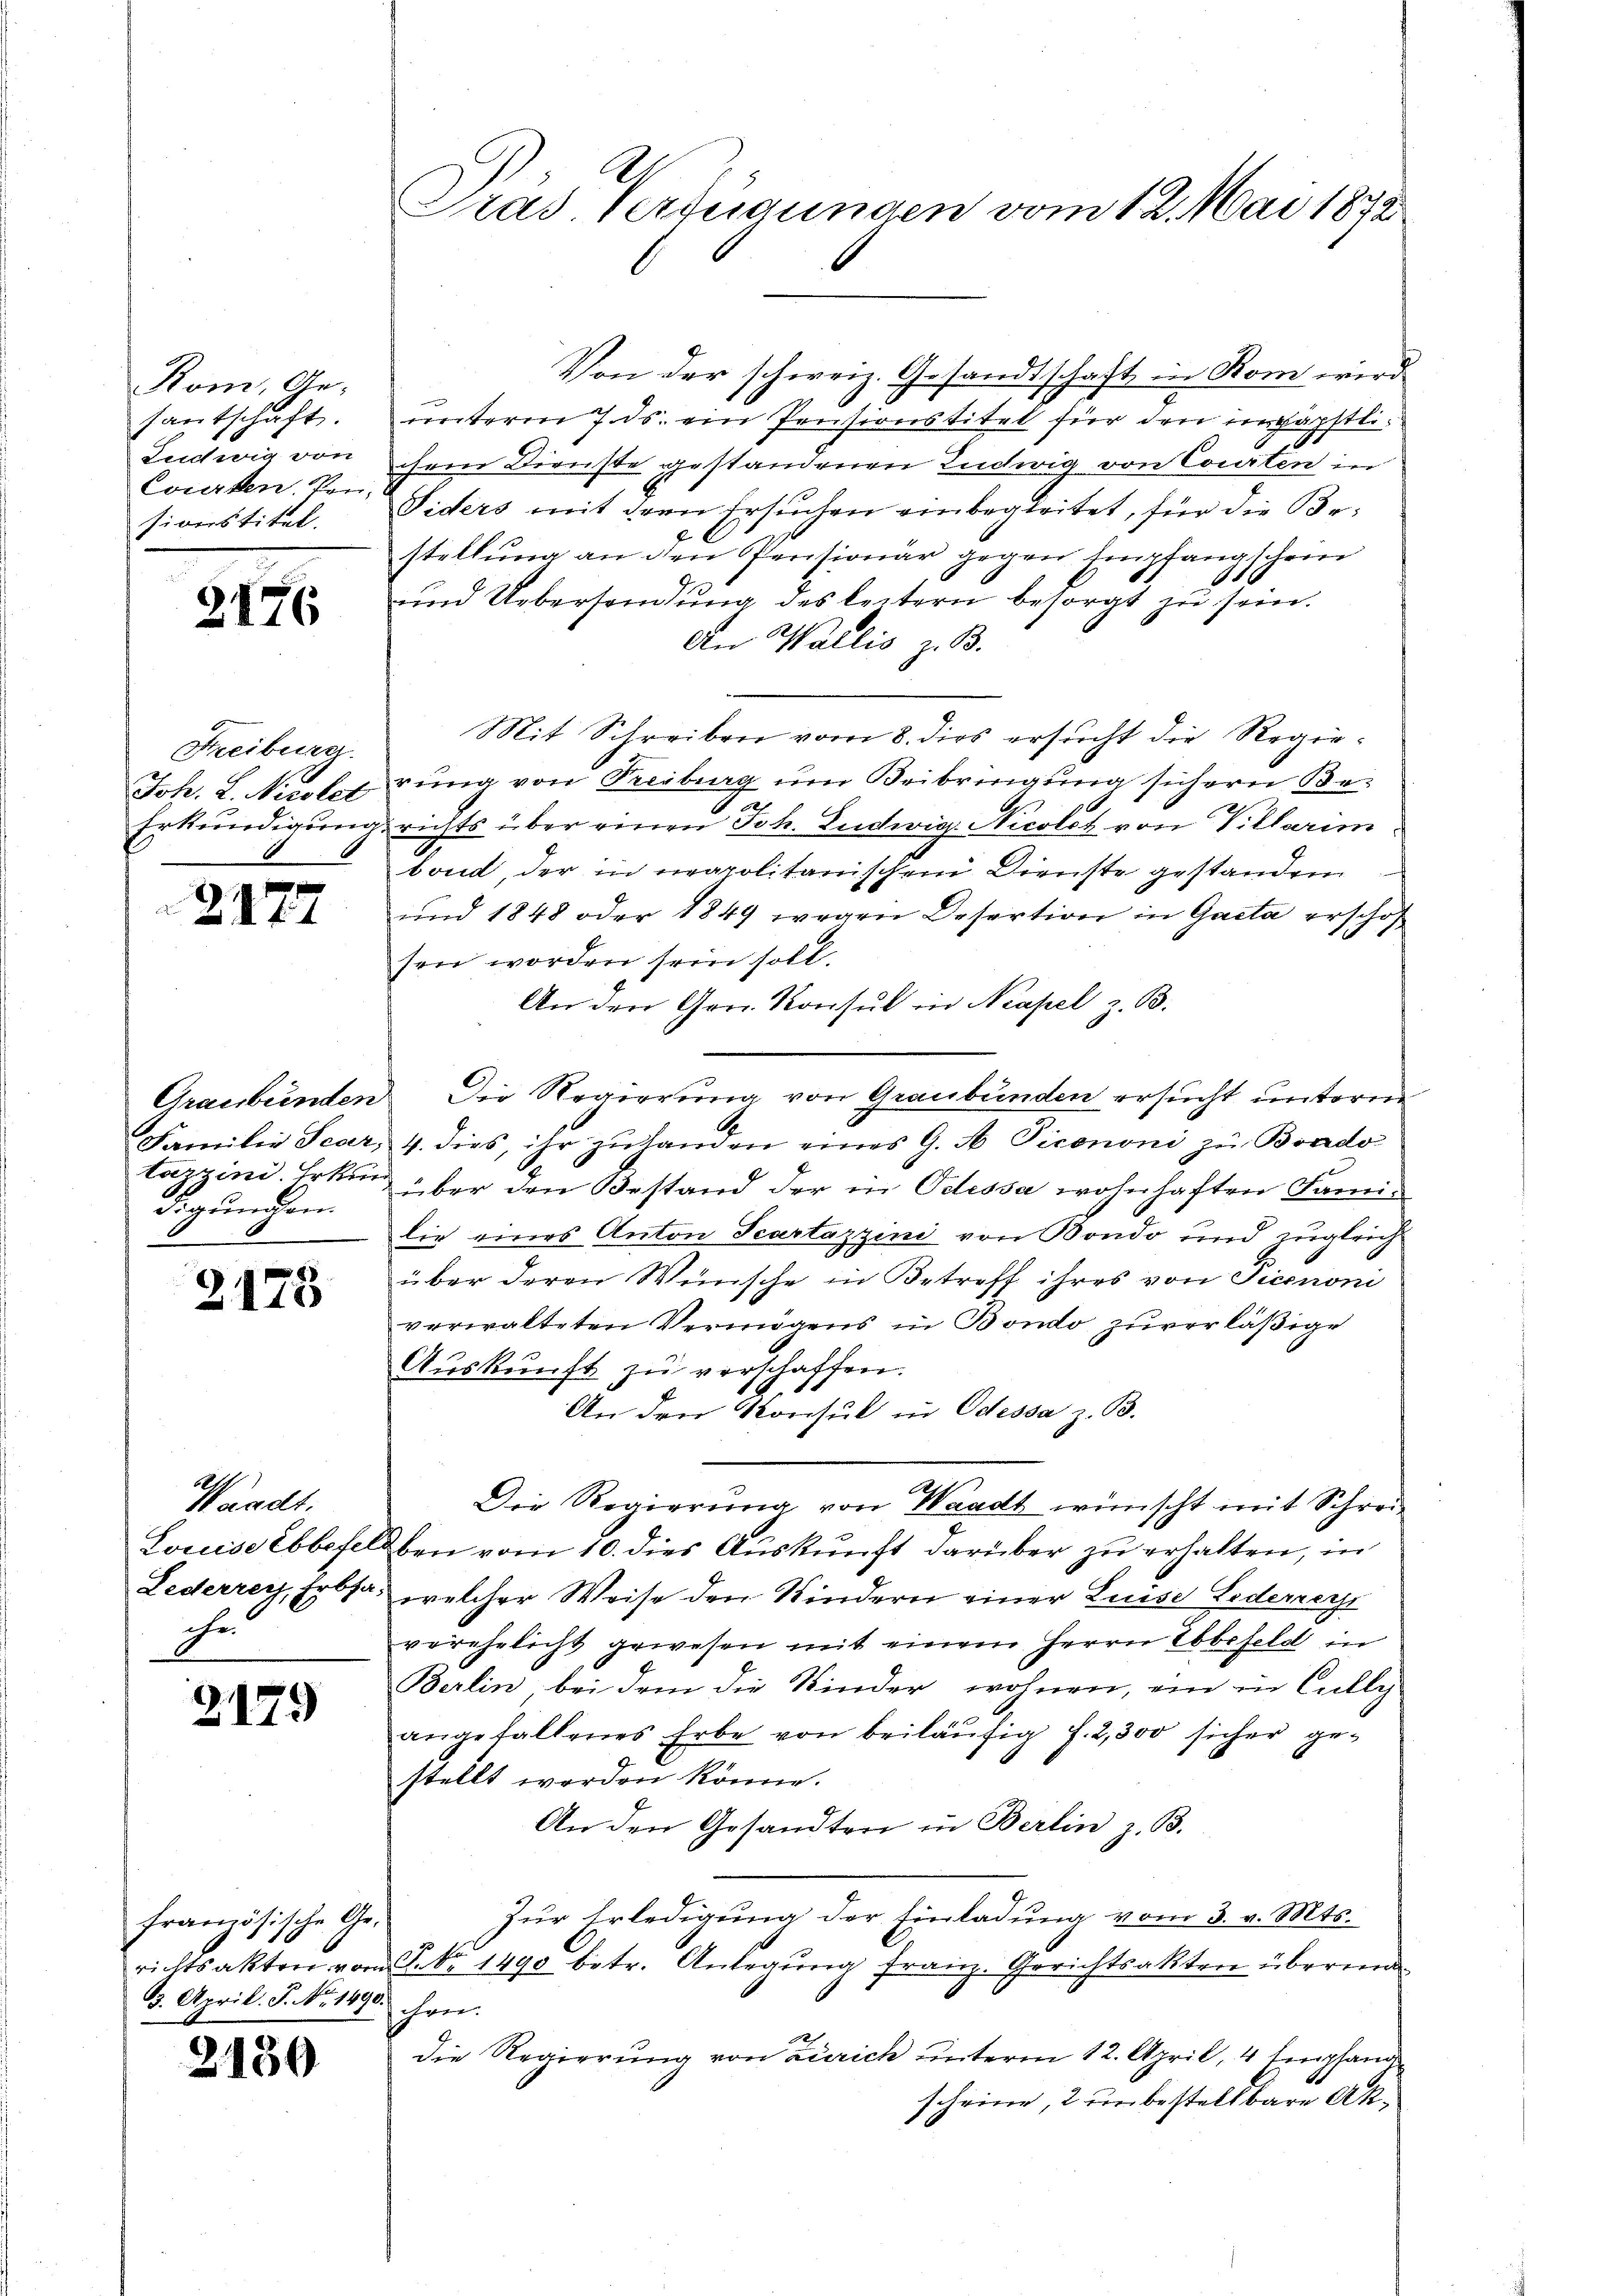
Kom, Gesantschaft.
Leitwig von
Courten. Von
siverstitel.

2476

Freiburg.
Joh. L. Nicolet
Erkundigung

2177

Familie Scar,
digungen.

8
2110

Waadt.
Er

Z.179

französische Ge-
3. April. P. No. 1890 ihren.

2150

Von der schweiz. Gesandtschaft in Rom wird
unterm 7. ds. ein Pensionstitel für den inpäpstlichem Dienste gestandenen Ludwig von Courten in
Siders mit dem Ersuchen einbegleitet, für die Bestellung an den Pensionär gegen Empfangschein
und Ueberhandlŭng des leitern besorgt zu sein.
An Wallis z. B.
Mit Schreiben vom 8. dies ersucht die Regierung von Treiburg um Beibringung sichern Begerichts über einen Joh. Ludwig. Nicolot von Villarim
bond, der in neapolitanischen Dienste gestanden
und 1848 oder 1849 wegen Desertion in Gacta erschof
sen worden sein soll.
An den Gen. Konsul in Neapel z. B.
Graubünden. Die Regierung von Graubünden ersucht unterm
G
4. dies, ihr zŭ handen eines G. A Picononi zu Brado
tazzini. Erken über den Bestand der in Odessa wohnhaften Familie eines Anton Scartazzini von Bondo und zugleich
über deren Wünsche in Betreff ihres von Picononi
verwalteten Vermögens in Bondo zuverläßige
Aŭskŭnft zŭ verschaffen.
An den Konsul in Odessa z. B.
Die Regierung von Waadt wünscht mit Schrei¬
Louisebbefelben vom 10. dies Auskunft darüber zu erhalten, in
Lederrey, Erbsa, welcher Weise den Kindern einer Luise Lederrecht
verehelicht gewesen mit einem Herrn Ebbefeld in
Berlin, bei dem die Kinder wohnen, ein in Cully
angefallenes Erbe von beiläufig f. 2,300 sicher gestellt worden könne.
An den Gesandten in Berlin z. B.
Zur Erledigung der Einladung vom 3. v. Mts.
richtsakten vom Frk. 1490 betr. Anlegŭng franz. Gerichtsakten überei
die Regierung von Zürich unterm 12. April, 4 Empfand
scheine, 2 unbestellbare Ak¬

Pras. Verfügungen vom 12. Mai 1872